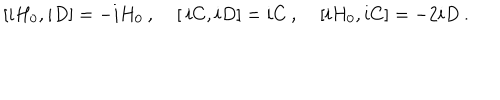
[ i H _ { 0 } , i D ] = - i H _ { 0 } \: , \: \: \: \: \: [ \: i C , i D ] = i C \: , \: \: \: \: \: [ i H _ { 0 } , i C ] = - 2 i D \: .